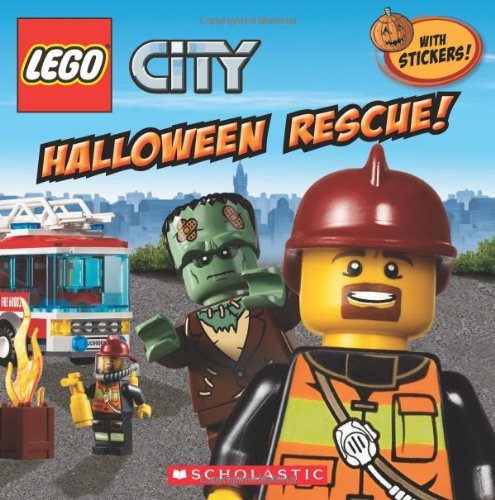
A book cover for LEGO City: Halloween Rescue; Trey King; Children's Books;